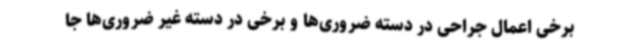
برخی اعمال جراحی در دسته ضروری‌ها و برخی در دسته غیر ضروری‌ها جا